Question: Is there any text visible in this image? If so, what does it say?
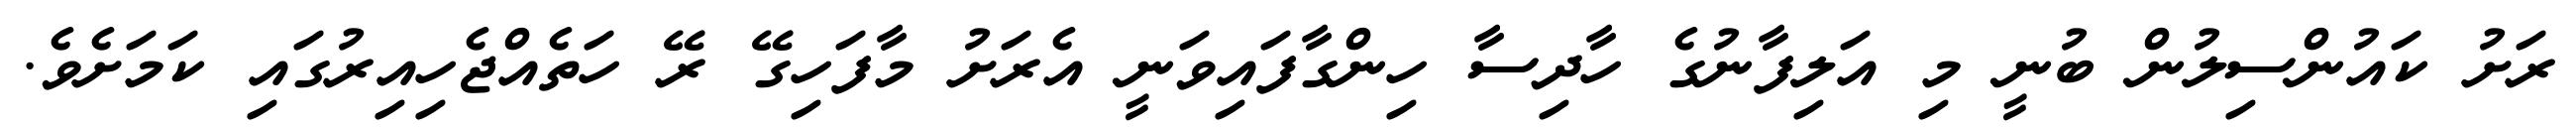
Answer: ރަށު ކައުންސިލުން ބުނީ މި އަލިފާނުގެ ހާދިސާ ހިންގާފައިވަނީ އެރަށު މާފަހިގޭ ރޭ ހަތެއްޖެހިއިރުގައި ކަމަށެވެ.